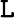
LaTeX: \texttt{L}